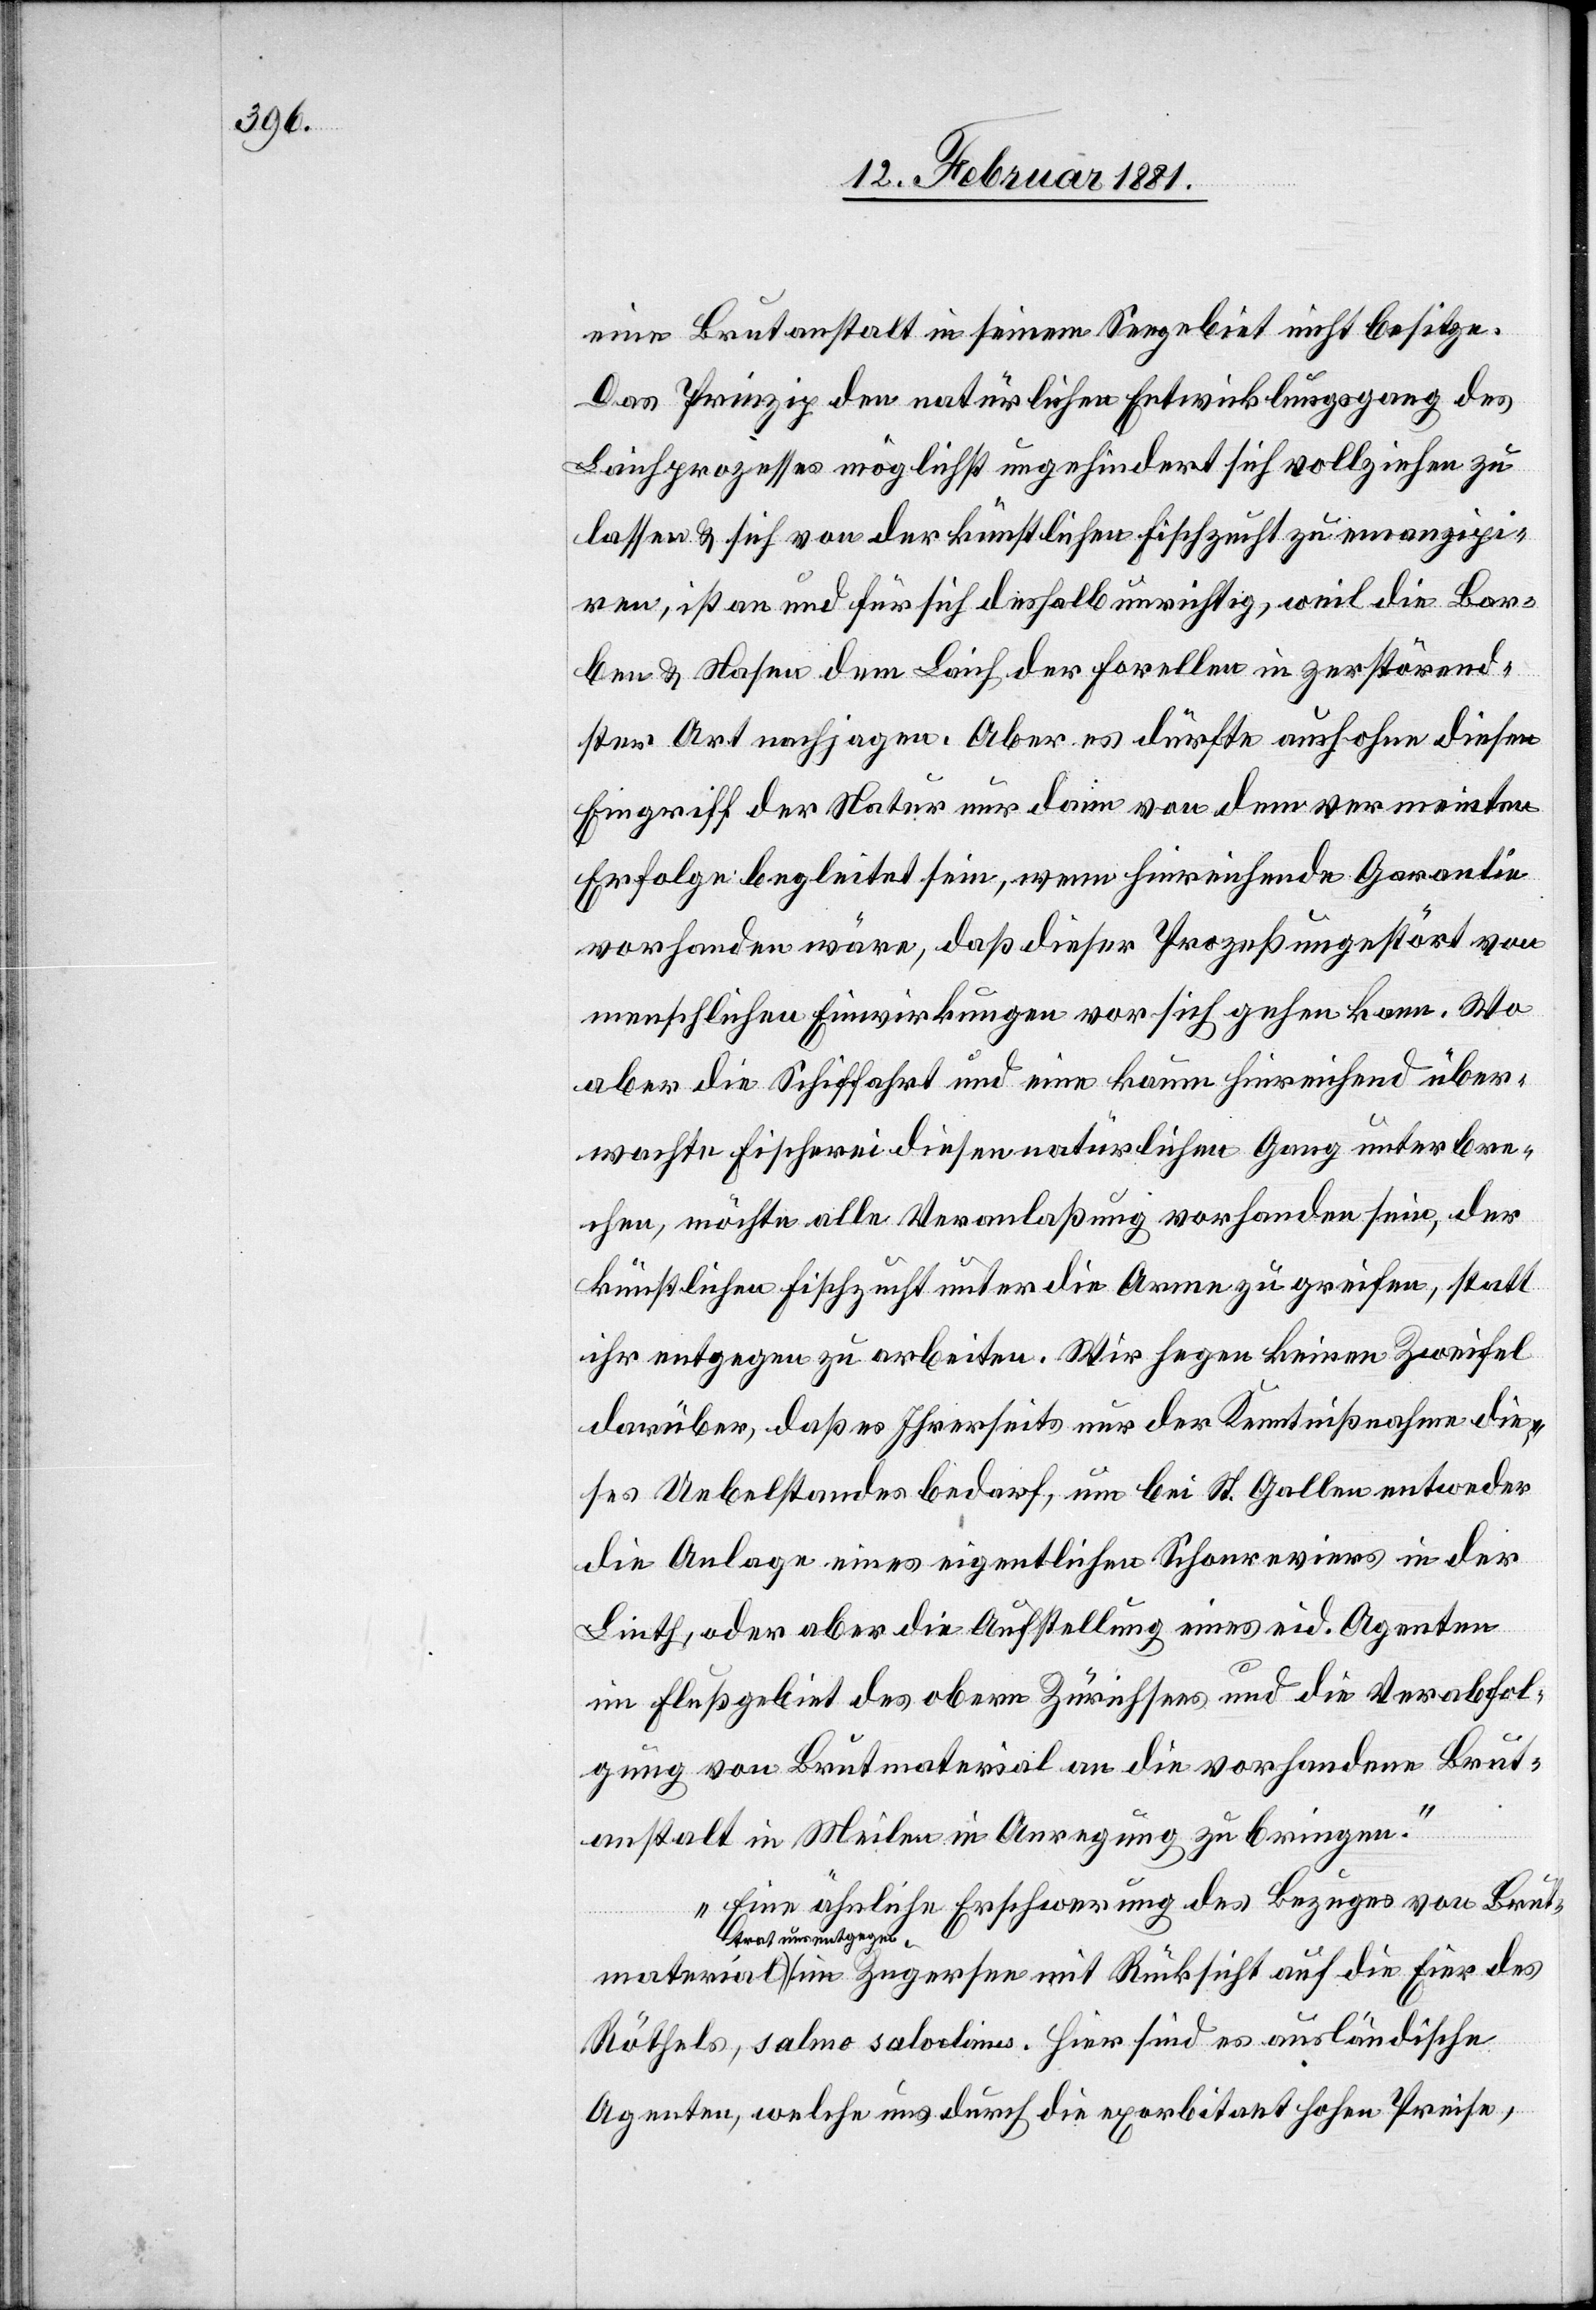
material

eine Brutanstalt in seinem Seegebiet nicht besitze.
Das Prinzip den natürlichen Entwicklungsvorgang des
Laichprozesses möglichst ungehindert sich vollziehen zu
lassen & sich von der künstlichen Fischzucht zu emanzipi¬
ren, ist an und für sich deshalb unrichtig, weil die Bar¬
ben & Nasen dem Laich der Forellen in zerstörend¬
ster Art nachjagen. Aber es dürfte auch ohne diesen
Eingriff der Natur nur dann von dem vermeinten
Erfolge begleitet sein, wenn hinreichende Garantie
vorhanden wäre, daß dieser Prozeß ungestört von
menschlichen Einwirkungen vor sich gehen kann. Wo
aber die Schiffahrt und eine kaum hinreichende über¬
wachte Fischerei diesen natürlichen Gang unterbre¬
chen, möchte alle Veranlaßung vorhanden sein, der
künstlichen Fischzucht unter die Arme zu greifen, statt
ihr entgegen zu arbeiten. Wir hegen keinen Zweifel
darüber, daß es Ihrerseits nur der Kenntnißnahme die¬
ses Uebelstandes bedarf, um bei St. Gallen entweder
die Anlage eines eigentlichen Schonreviers in der
Linth, oder aber die Aufstellung eines eid. Agenten
im Flußgebiet des obern Zürichsees und die Verabfol¬
gung von Brutmaterial an die vorhandene Brut¬
anstalt in Meilen in Anregung zu bringen.
Eine ähnliche Erschwerung des Bezuges von Brut¬
trat uns entgegen
Röthels, salmo salo[?elanis]. Hier sind es ausländische
Agenten, welche uns durch die exorbitant hohen Preise,